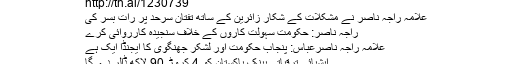
http://tn.ai/1230739
علامہ راجہ ناصر نے مشکلات کے شکار زائرین کے ساتھ تفتان سرحد پر رات بسر کی
راجہ ناصر: حکومت سہولت کاروں کے خلاف سنجیدہ کارروائی کرے
علامہ راجہ ناصرعباس: پنجاب حکومت اور لشکر جھنگوی کا ایجنڈا ایک ہے
ایشیائی ترقیاتی بینک پاکستان کو 4 کروڑ 90 لاکھ ڈالر دے گا